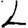
Digit: 2